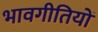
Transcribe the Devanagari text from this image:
भावगीतियों